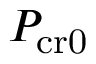
P _ { \mathrm { c r 0 } }